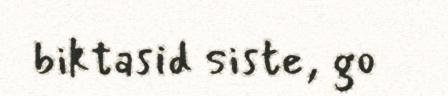
biktasid siste, go